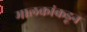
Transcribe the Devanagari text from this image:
मालकांकडून